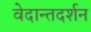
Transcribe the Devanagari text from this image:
वेदान्तदर्शन